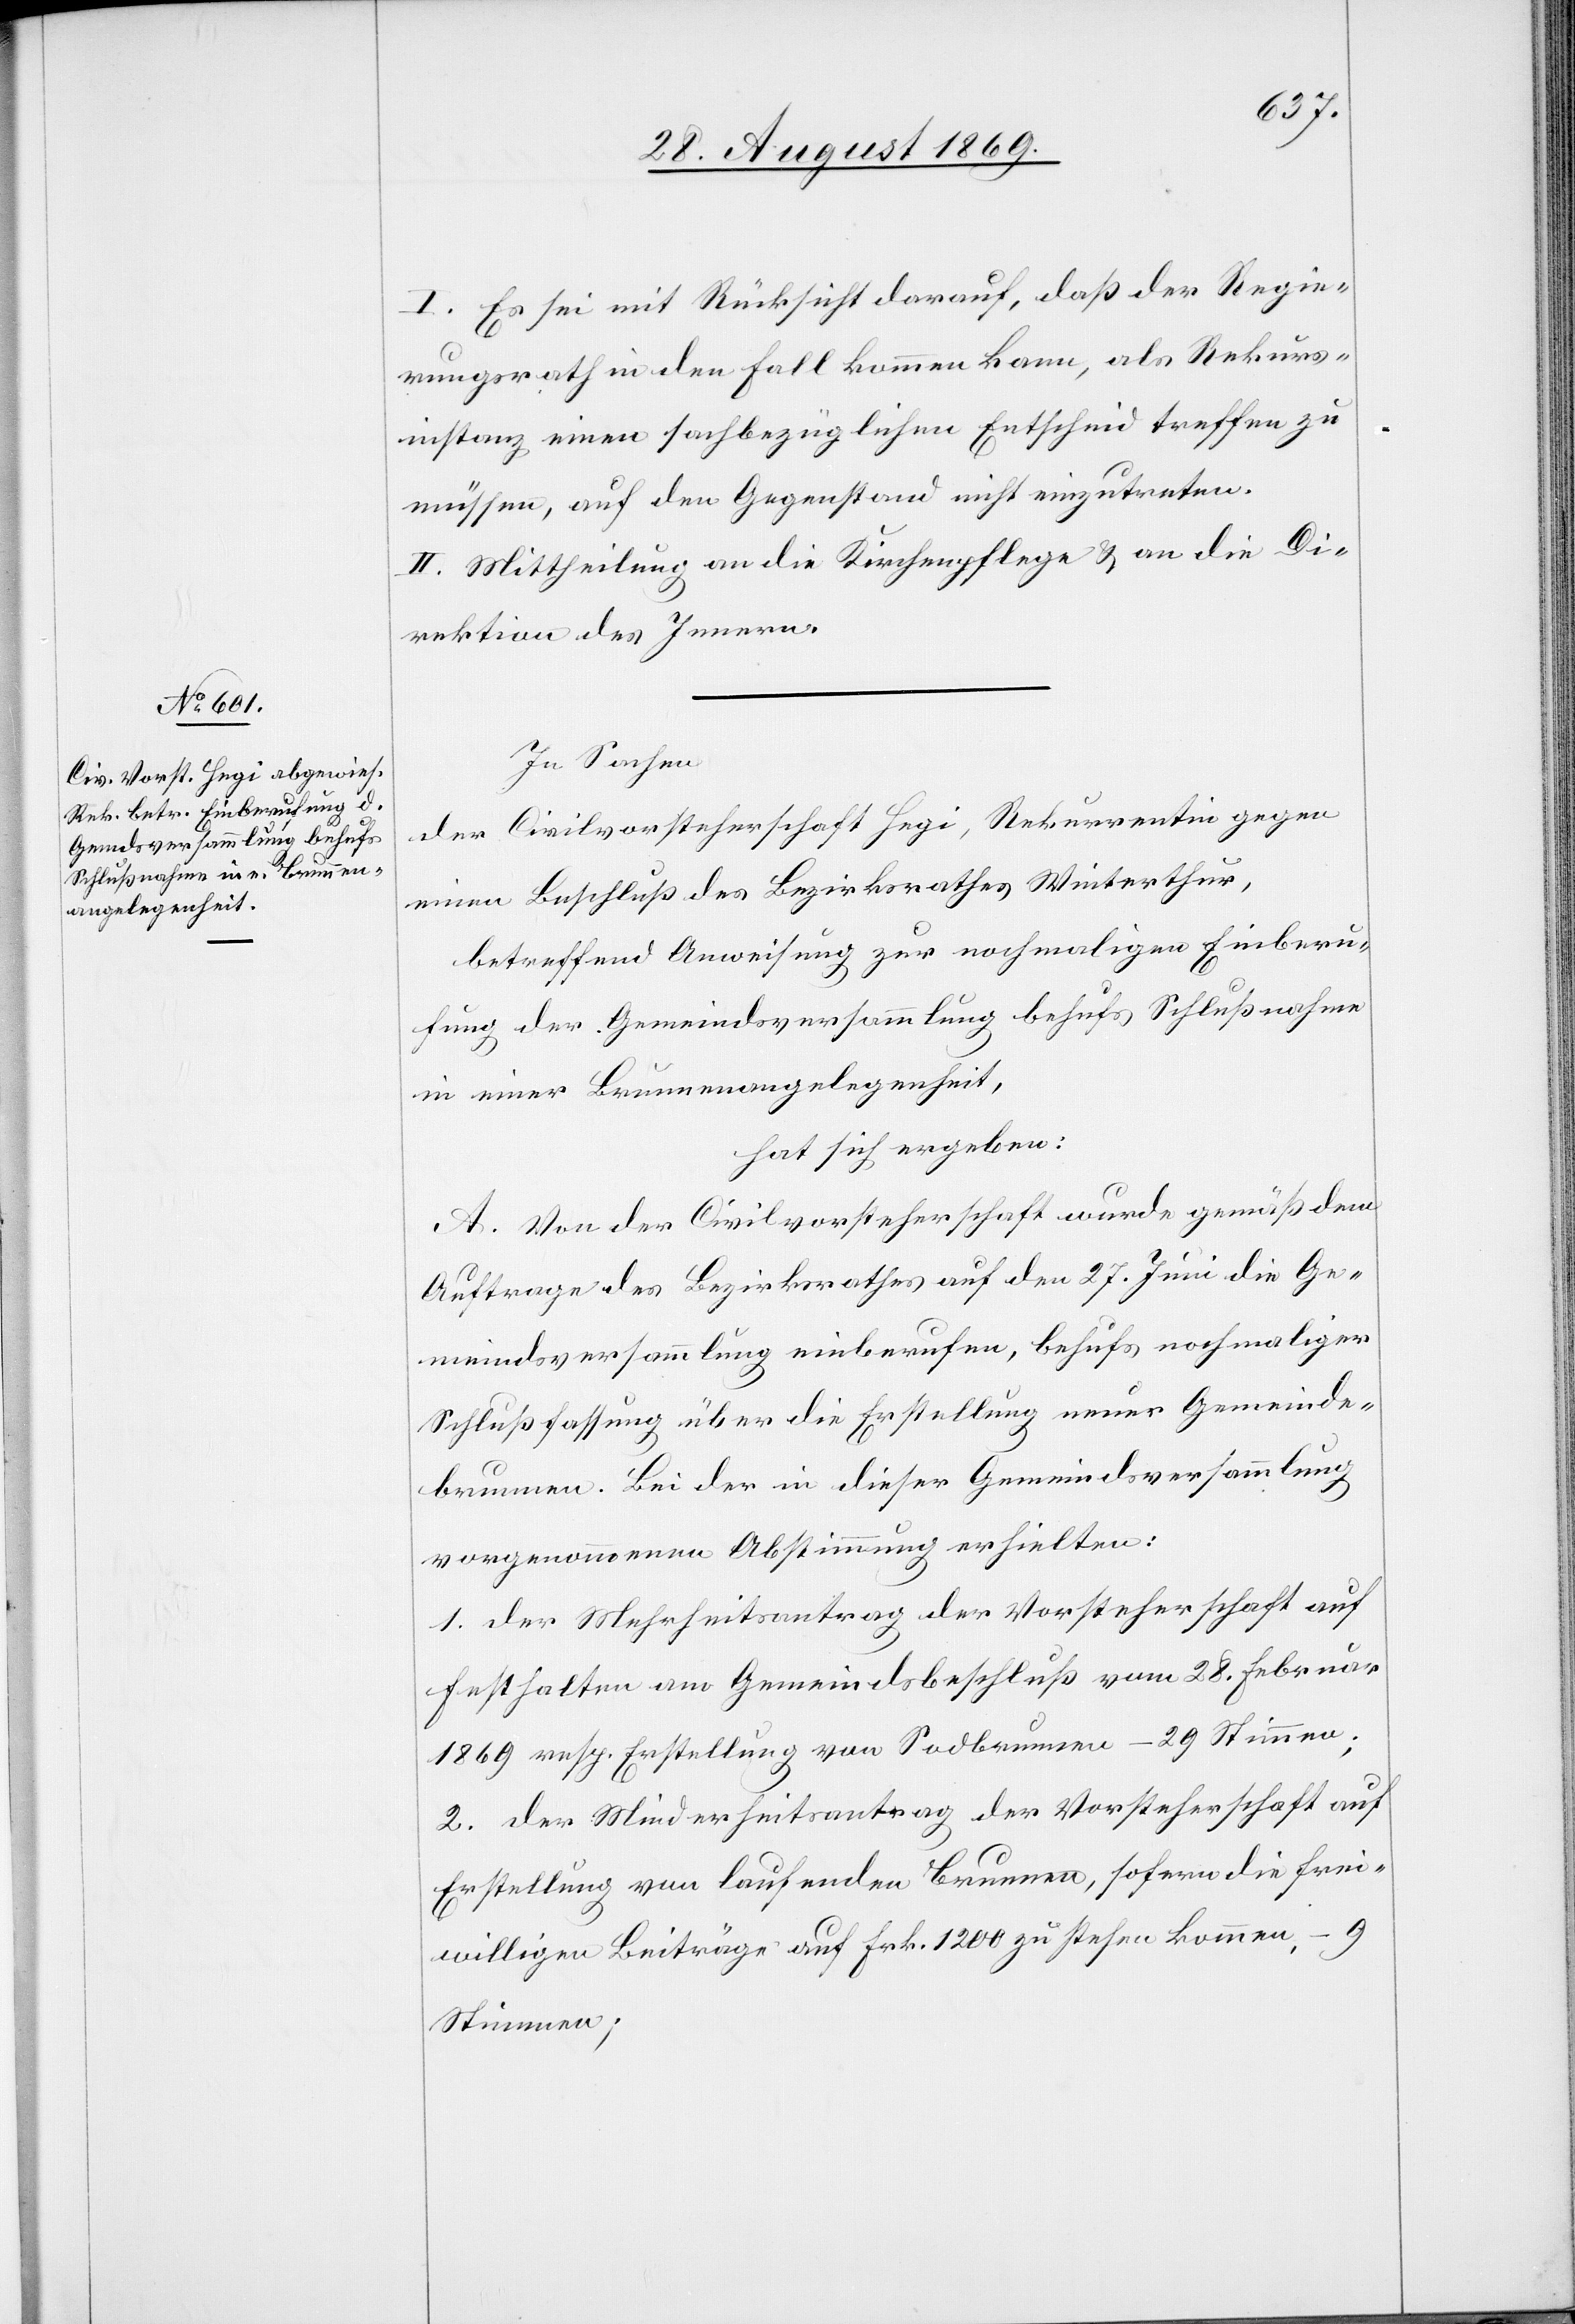
I. Es sei mit Rücksicht darauf, daß der Regie¬
rungsrath in den Fall kommen kann, als Rekurs¬
instanz einen sachbezüglichen Entscheid treffen zu
müssen, auf den Gegenstand nicht einzutreten.
II. Mittheilung an die Kirchenpflege & an die Di¬
rektion des Innern.
In Sachen
der Civilvorsteherschaft Hegi, Rekurrentin gegen
einen Beschluß des Bezirksrathes Winterthur,
betreffend Anweisung zur nochmaligen Einberu¬
fung der Gemeindsversammlung behufs Schlußnahme
in einer Brunnenangelegenheit,
hat sich ergeben:
A. Von der Civilvorsteherschaft wurde gemäß dem
Auftrage des Bezirksrathes auf den 27. Juni die Ge¬
meindsversammlung einberufen, behufs nochmaliger
Schlußfassung über die Erstellung neuer Gemeinde¬
brunnen. Bei der in dieser Gemeindsversammlung
vorgenommenen Abstimmung erhielten:
1. der Mehrheitsantrag der Vorsteherschaft auf
Festhalten am Gemeindsbeschluß vom 28. Februar
1869 resp. Erstellung von Sodbrunnen – 29 Stimmen;
2. der Minderheitsantrag der Vorsteherschaft auf
Erstellung von laufenden Brunnen, sofern die frei¬
willigen Beiträge auf Frk. 1200 zu stehen kommen, – 9
Stimmen;